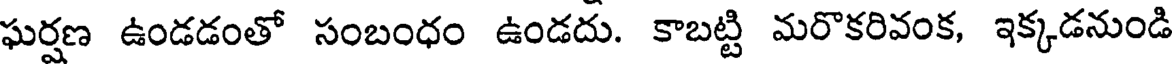
ఘర్షణ ఉండడంతో సంబంధం ఉండదు. కాబట్టి మరొకరివంక, ఇక్కడనుండి